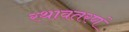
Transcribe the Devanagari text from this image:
रथावतरणं